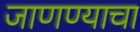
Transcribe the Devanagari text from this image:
जाणण्याचा